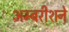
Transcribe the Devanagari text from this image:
अम्बरीशने